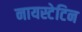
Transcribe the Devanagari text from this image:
नायस्टेटिन